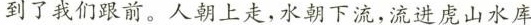
到了我们跟前。人朝上走，水朝下流，流进虎山水库